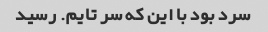
سرد بود با این که سر تایم. رسید